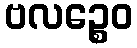
ဗလဉ္စေဝ